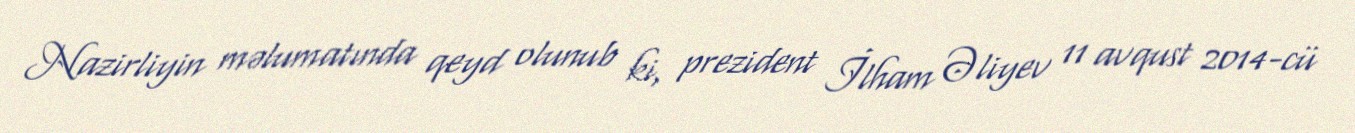
Nazirliyin məlumatında qeyd olunub ki, prezident İlham Əliyev 11 avqust 2014-cü